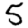
Digit: 5